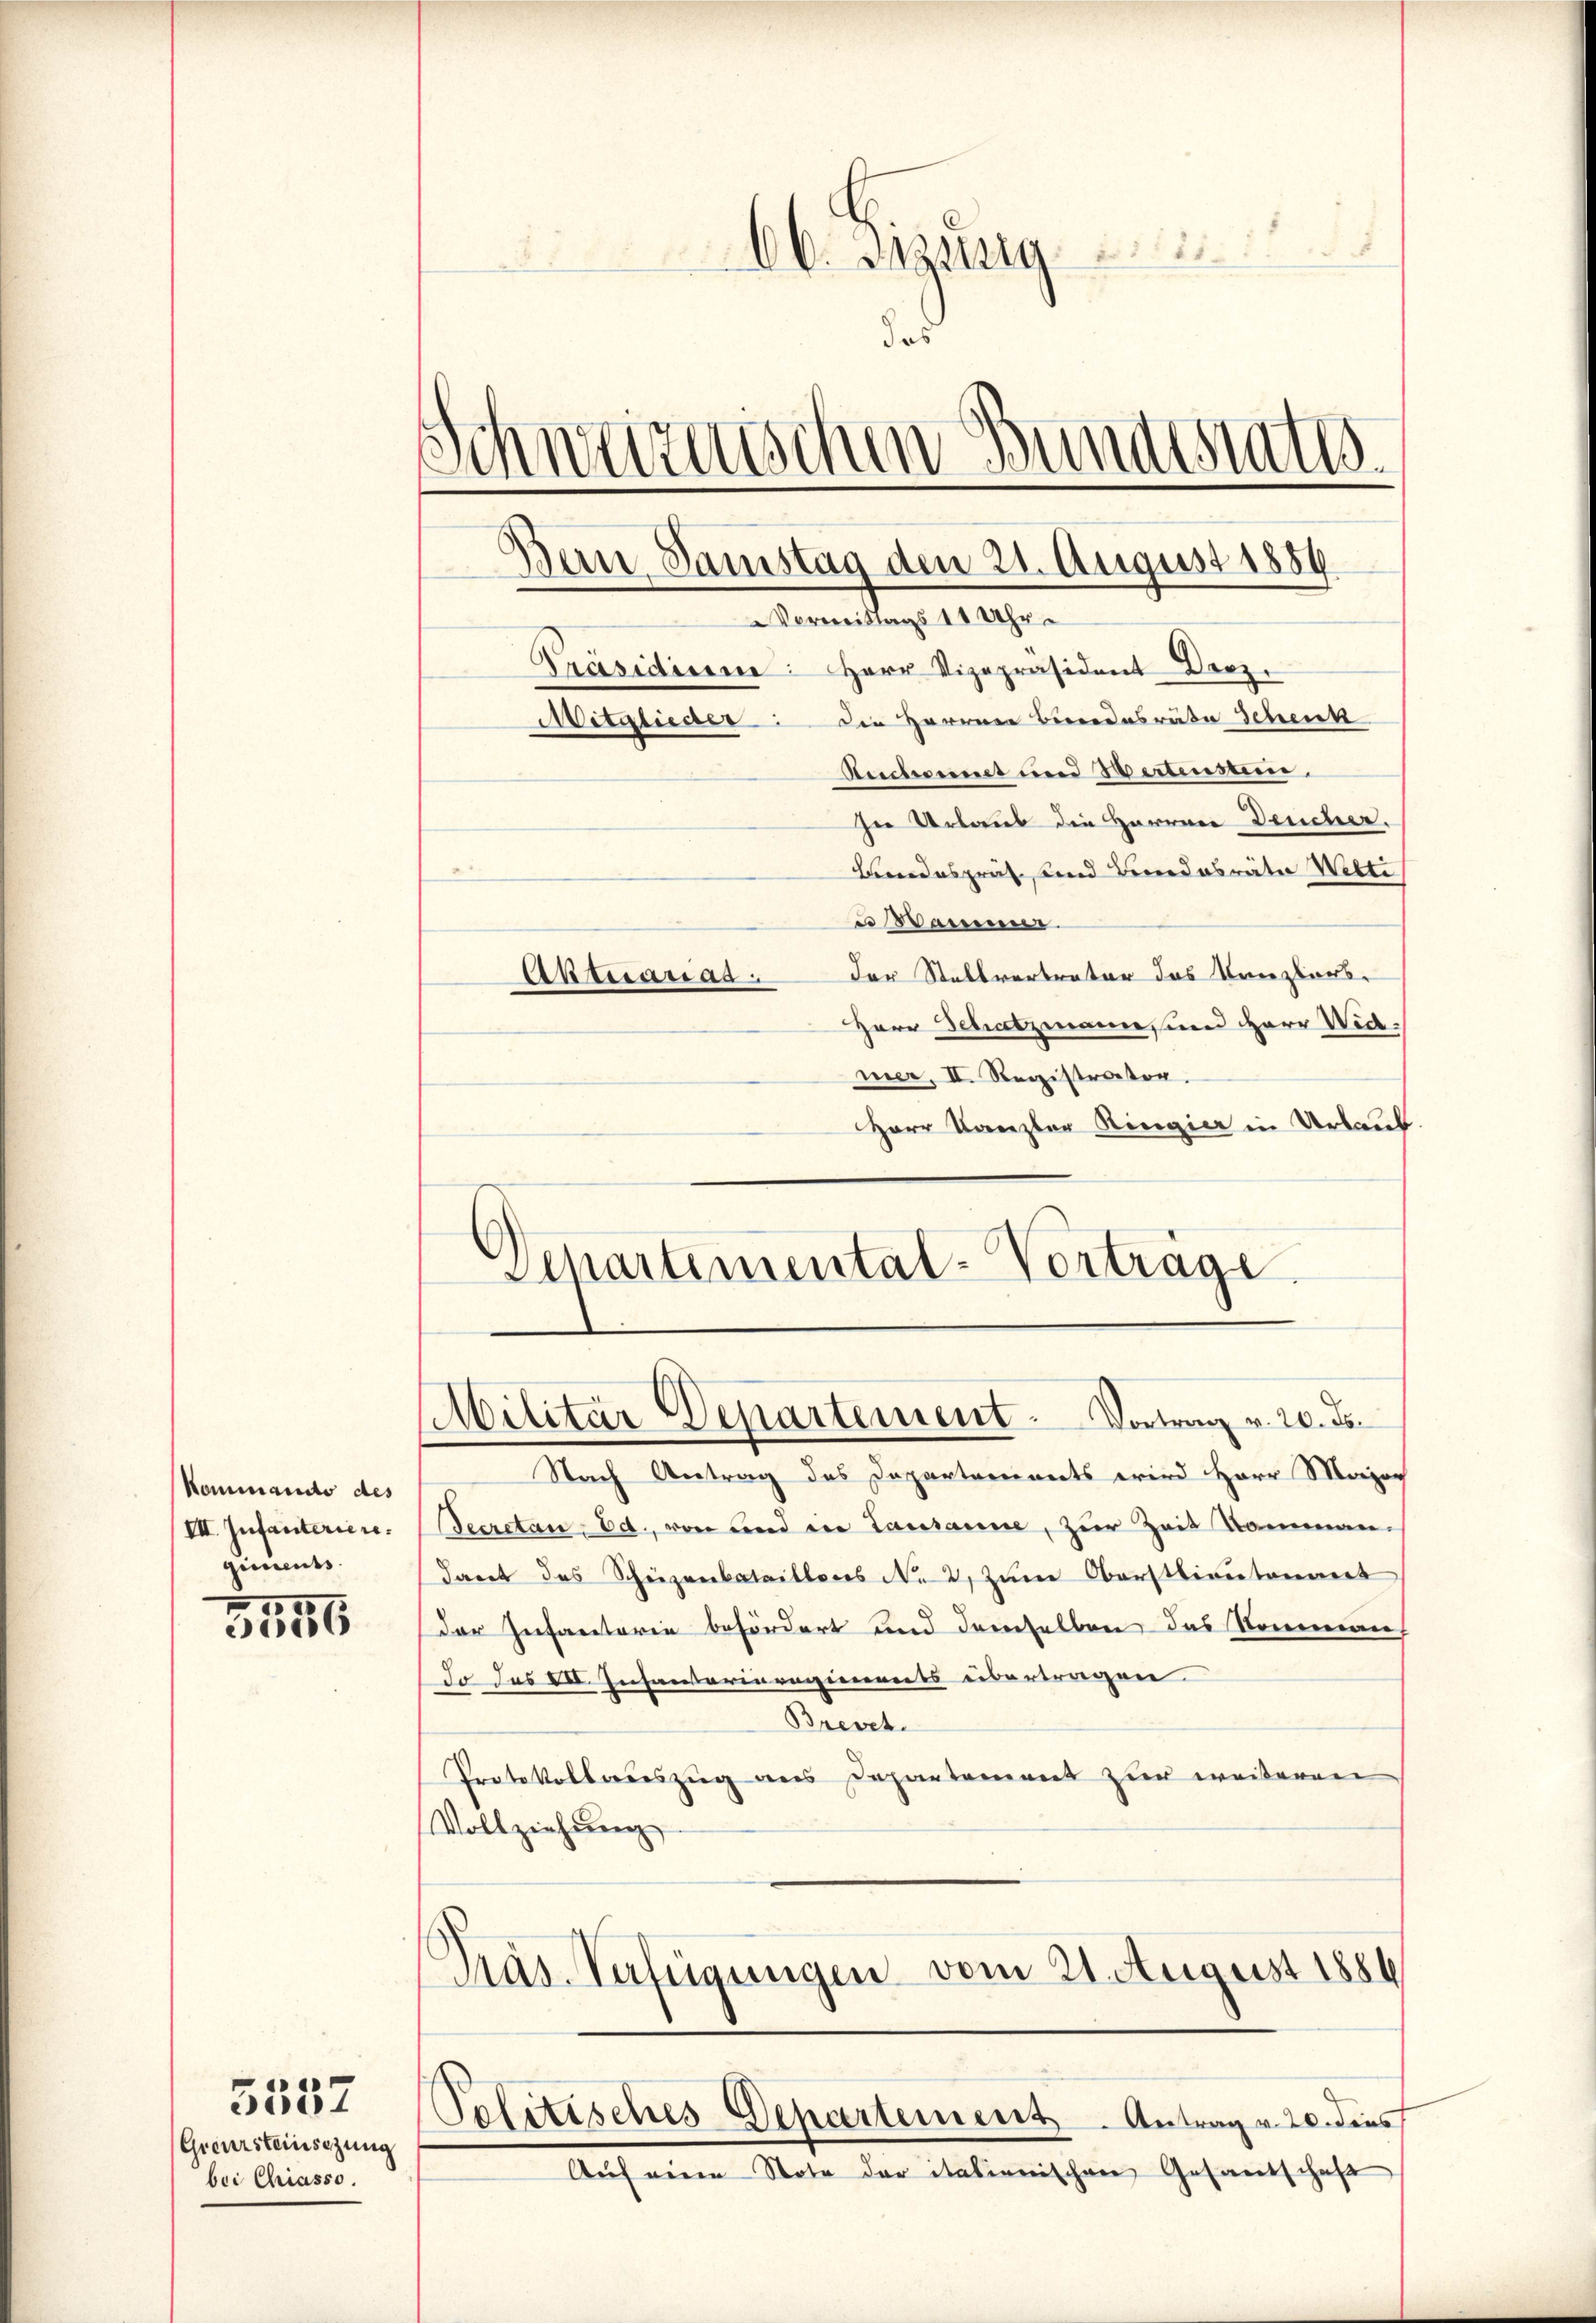
Kommando des
VII. Infanteriere.
giments
e

3006

Greuzsteinsezung
bei Chiasso.

5537

66. Bezug
des
Schweizerischen Bundesraths¬
Bern Samstag den 21. August 1889

Präsidium: Herr Vizepräsident-Berz.
Mitglieder: die Herren Bindesräte Schenk
Anchnet und Wertensten.
In Urlaub die Herren Deucher.
Bundespräs. und Kindesräte Welti
 Manne
Aktuarrad der Stellvertreter das Kanzlers.
Herr Schatzmann, und Herr Wid
mer, II. Registrator.
Herr Kanzler Ringier in Urlaub.
Departemental-Vorträge

Vormittags 11 Uhr.

Militär Departement. Vortrag v. 20. de

Nach Antrag des Departements wird Herr Major
Secretan. Ed. von und in Lausanne, zur Zeit Ramman-
dant das Scheizenbataillons No 2. zum Oberstlieutenant
der Infanterie befördert und demselben das Kommen
do Jus VI. Insanterieregiments übertragen.
Brevet.
Protokollauszug aus Departement zur weiteren
Vollziehung
Präs. Verfügungen vom 21. August 1886

Politisches Departement. Antrag v. 20. dies

Auf eine Note der italienischen Gesandschaft